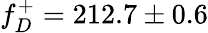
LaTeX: f_{D}^{+}=212.7\pm 0.6